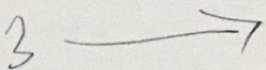
3 \rightarrow